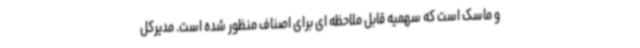
و ماسک است که سهمیه قابل ملاحظه ای برای اصناف منظور شده است. مدیرکل